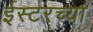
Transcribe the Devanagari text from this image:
ईस्टरच्या